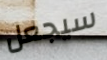
سيجعل